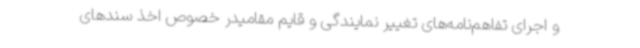
و اجرای تفاهم‌نامه‌های تغییر نمایندگی و قایم مقامیدر خصوص اخذ سندهای